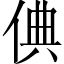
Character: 倎